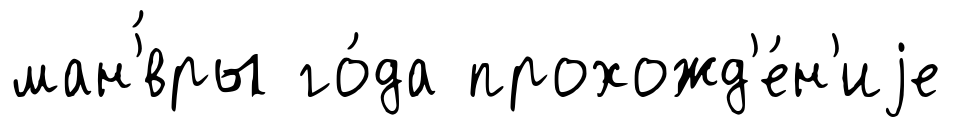
ман'́вры го́да прохожд'е́н'иjе